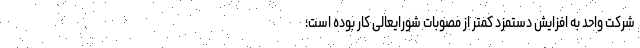
شرکت واحد به افزایش دستمزد کمتر از مصوبات شورایعالی کار بوده است؛